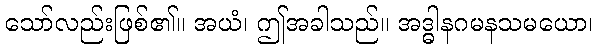
သော်လည်းဖြစ်၏။ အယံ၊ ဤအခါသည်။ အဒ္ဓါနဂမနသမယော၊